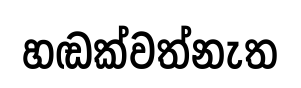
හඬක්වත්නැත